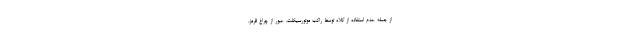
از جمله عدم استفاده از کلاه توسط راکب موتورسیکلت، عبور از چراغ قرمز،